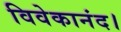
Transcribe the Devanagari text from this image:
विवेकानंद।